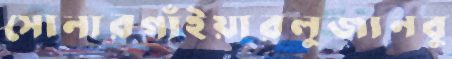
সোনারগাঁইয়ারলুজানবু